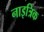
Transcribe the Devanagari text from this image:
नाइत्रिक